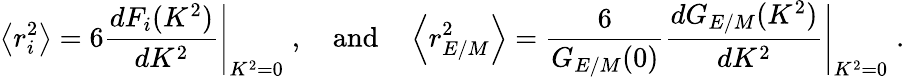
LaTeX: \left<r_{i}^{2}\right>=6{\frac{dF_{i}(K^{2})}{dK^{2}}}\Bigg\vert_{K^{2}=0}\; ,\quad\mathrm{and}\quad\left<r_{E/M}^{2}\right>={\frac{6}{G_{E/M}(0)}}{\frac{dG_{E/M}(K^{2})}{dK^{2}}}\Bigg\vert_{K^{2}=0}\; .